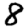
Digit: 8